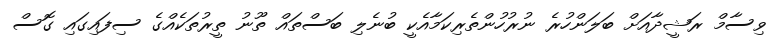
ވިސާމް ރަޝީދާއަށް ބަލަންހުރެ ނުރުހުންތެރިކަމާއެކީ ބުނެލި ބަސްތައް ތޫނު ތީރުތަކެއްގެ ސިފައިގައި ގޮސް